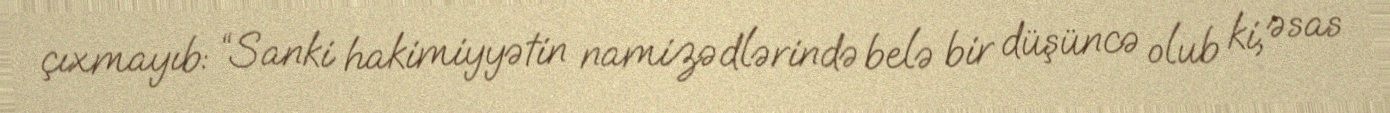
çıxmayıb: “Sanki hakimiyyətin namizədlərində belə bir düşüncə olub ki, əsas